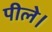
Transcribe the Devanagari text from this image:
पीले।